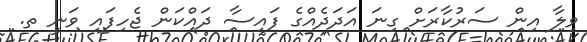
ވިލާ އިން ސަރުކާރަށް ގިނަ އަދަދެއްގެ ފައިސާ ދައްކަން ޖެހިފައި ވަނީ ތ.